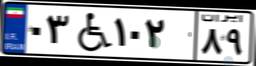
۰۳W۵۷۸۶۳